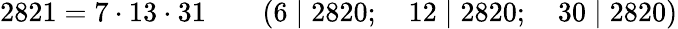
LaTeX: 2821=7\cdot 13\cdot 31\qquad(6\mid 2820;\quad 12\mid 2820;\quad 30\mid 2820)